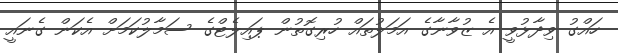
ހައްގު ވިދާޅުވީ އެ ޒުވާނާގެ އަމަލުތައް ހުރިގޮތުން ޕައިލެޓްގެ ސަމާލުކަމަށް އެކަން ގެނައީ